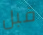
قبل